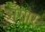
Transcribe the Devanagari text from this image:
अँगार